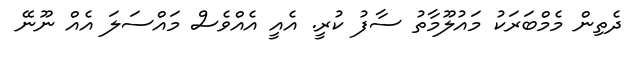
ދެތިން މެމްބަރަކު މައުލޫމާތު ސާފު ކުރީ. އެއީ އެއްވެސް މައްސަލަ އެއް ނޫނޭ